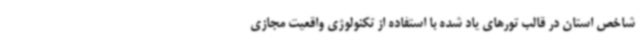
شاخص استان در قالب تورهای یاد شده با استفاده از تکنولوژی واقعیت مجازی